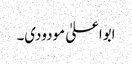
ابواعلیٰ مودودی۔